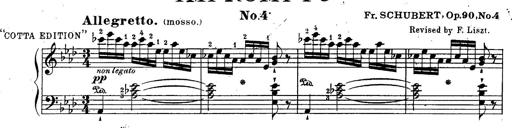
Title: Schubert's Impromptus [revised and edited by Franz Liszt]
Composer: Franz Liszt